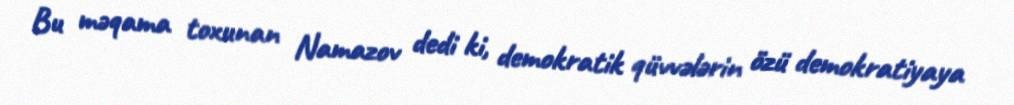
Bu məqama toxunan Namazov dedi ki, demokratik qüvvələrin özü demokratiyaya